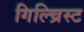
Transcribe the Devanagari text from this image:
गिल्च्रिस्ट